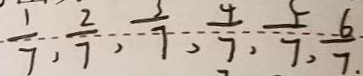
\frac { 1 } { 7 } , \frac { 2 } { 7 } , \frac { 3 } { 7 } , \frac { 4 } { 7 } , \frac { 5 } { 7 } , \frac { 6 } { 7 . } .